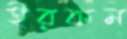
ইরকম